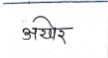
मजकूर: अयोर